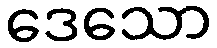
ဒေသော